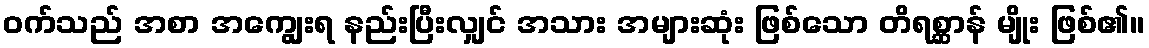
ဝက်သည် အစာ အကျွေးရ နည်းပြီးလျှင် အသား အများဆုံး ဖြစ်သော တိရစ္ဆာန် မျိုး ဖြစ်၏။